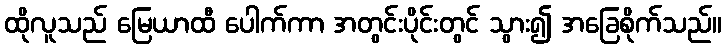
ထိုလူသည် မြေယာထီ ပေါက်ကာ အတွင်းပိုင်းတွင် သွား၍ အခြေစိုက်သည်။